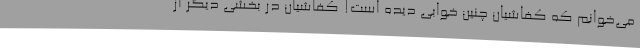
می‌خوانم که کفاشیان چنین خوابی دیده است! کفاشیان در بخشی دیگر از